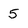
Character: 5